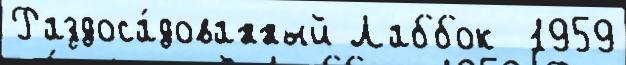
Раздоса́дованный Лаббок  1959